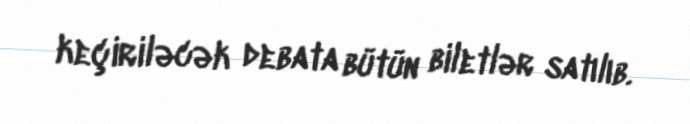
keçiriləcək debata bütün biletlər satılıb.